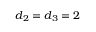
d _ { 2 } = d _ { 3 } = 2